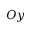
O y